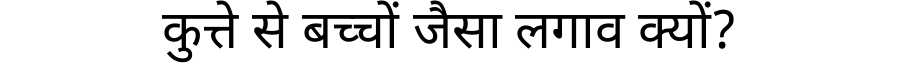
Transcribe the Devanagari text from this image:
कुत्ते से बच्चों जैसा लगाव क्यों?